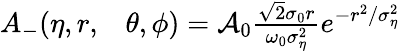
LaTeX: \begin{array}{rl}{A_{-}(\eta,r,}&{{}\theta,\phi)=\mathcal{A}_{0}\frac{\sqrt{2}\sigma_{0}r}{\omega_{0}\sigma_{\eta}^{2}}e^{-r^{2}/\sigma_{\eta}^{2}}}\end{array}